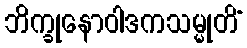
ဘိက္ခုနောဝါဒကသမ္မုတိံ